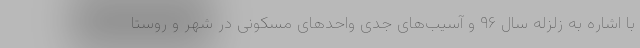
با اشاره به زلزله سال ۹۶ و آسیب‌های جدی واحدهای مسکونی در شهر و روستا